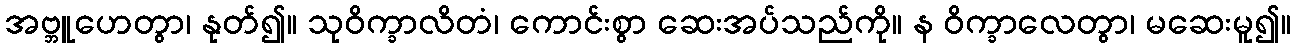
အဗ္ဘူဟေတွာ၊ နုတ်၍။ သုဝိက္ခာလိတံ၊ ကောင်းစွာ ဆေးအပ်သည်ကို။ န ဝိက္ခာလေတွာ၊ မဆေးမူ၍။